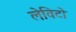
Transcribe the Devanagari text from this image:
लेविटो